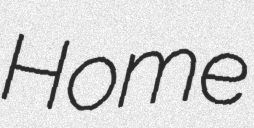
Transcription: Home